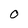
Character: O